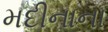
મદીનાના